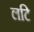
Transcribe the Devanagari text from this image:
लटि